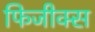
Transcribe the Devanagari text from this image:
फिजीक्स